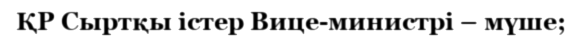
ҚР Сыртқы істер Вице-министрі – мүше;